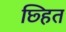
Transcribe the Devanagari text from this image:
छ्हित